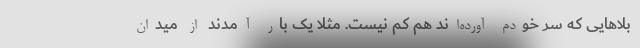
بلاهایی که سر خودم آورده‌اند هم کم نیست. مثلاً یک بار آمدند از میدان